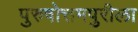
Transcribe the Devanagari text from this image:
पुरुषोत्तमपुरीला